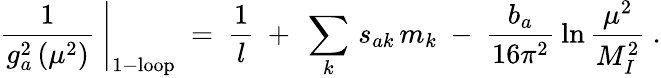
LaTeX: \left.\frac{1}{g_{a}^{2}\, (\mu^{2})}\ \right|_{\mathrm{1-loop}}\ =\ \frac{1}{l}\ +\ \sum_{k}\, s_{ak}\, m_{k}\ -\ \frac{b_{a}}{16\pi^{2}}\: \ln\frac{\mu^{2}}{M_{I}^{2}}\ .